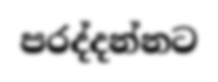
පරද්දන්නට